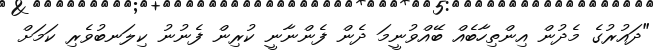
"ދައުރުގެ މެދުން އިންތިހާބެއް ބޭއްވުނީމަ ދެން ފެންނާނީ ކުރިން ފެނުނު ކިލަނބުވެރި ކަމަށް